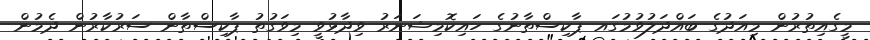
މީގެއިތުރުން މިއަދުގެ ބައްދަލުވުމުގައ ޕާކިސްތާނުގެ ހައިކޮމިޝަނަރު ވިދާޅުވީ މިވަގުތު ޕާކިސްތާން ސަރުކާރުން ދެމުން